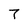
Character: 7